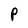
Character: P